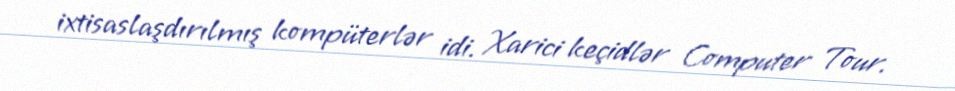
ixtisaslaşdırılmış kompüterlər idi. Xarici keçidlər Computer Tour.